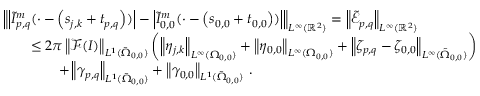
\begin{array} { r l } & { \left\| \left\vert \tilde { I } _ { p , q } ^ { m } ( \cdot - \left( \boldsymbol { s } _ { j , k } + \boldsymbol { t } _ { p , q } \right) ) \right\vert - \left\vert \tilde { I } _ { 0 , 0 } ^ { m } ( \cdot - \left( \boldsymbol { s } _ { 0 , 0 } + \boldsymbol { t } _ { 0 , 0 } \right) ) \right\vert \right\| _ { { L ^ { \infty } ( \mathbb { R } ^ { 2 } ) } } = \left\| \tilde { \mathcal { E } } _ { p , q } \right\| _ { { L ^ { \infty } ( \mathbb { R } ^ { 2 } ) } } } \\ & { \qquad \leq 2 \pi \left\| \mathcal { F } ( I ) \right\| _ { L ^ { 1 } ( \tilde { \Omega } _ { 0 , 0 } ) } \left( \left\| \eta _ { j , k } \right\| _ { L ^ { \infty } ( \Omega _ { 0 , 0 } ) } + \left\| \eta _ { 0 , 0 } \right\| _ { L ^ { \infty } ( \Omega _ { 0 , 0 } ) } + \left\| \zeta _ { p , q } - \zeta _ { 0 , 0 } \right\| _ { L ^ { \infty } ( \tilde { \Omega } _ { 0 , 0 } ) } \right) } \\ & { \qquad \qquad + \left\| \gamma _ { p , q } \right\| _ { L ^ { 1 } ( \tilde { \Omega } _ { 0 , 0 } ) } + \left\| \gamma _ { 0 , 0 } \right\| _ { L ^ { 1 } ( \tilde { \Omega } _ { 0 , 0 } ) } \, . } \end{array}